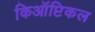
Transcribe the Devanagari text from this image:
किऑप्टिकल